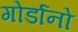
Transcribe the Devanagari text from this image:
गोर्डानो